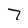
Character: 7